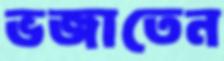
ভজাতেন